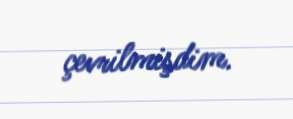
çevrilmişdim.